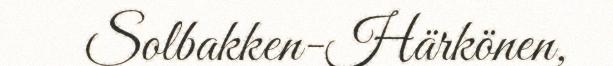
Solbakken-Härkönen,